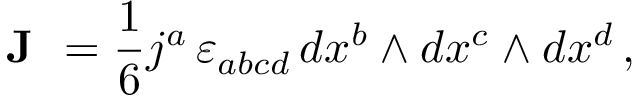
{ \textbf { J } } = { \frac { 1 } { 6 } } j ^ { a } \, \varepsilon _ { a b c d } \, d x ^ { b } \wedge d x ^ { c } \wedge d x ^ { d } \, ,